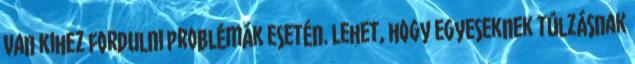
van kihez fordulni problémák esetén. Lehet, hogy egyeseknek túlzásnak